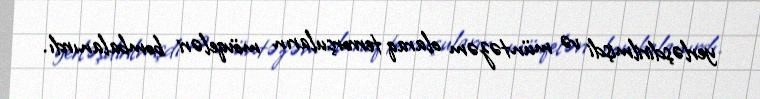
yerləşdirilmişdi və müntəzəm olaraq terrorçuların mövqeləri bombalanırdı.